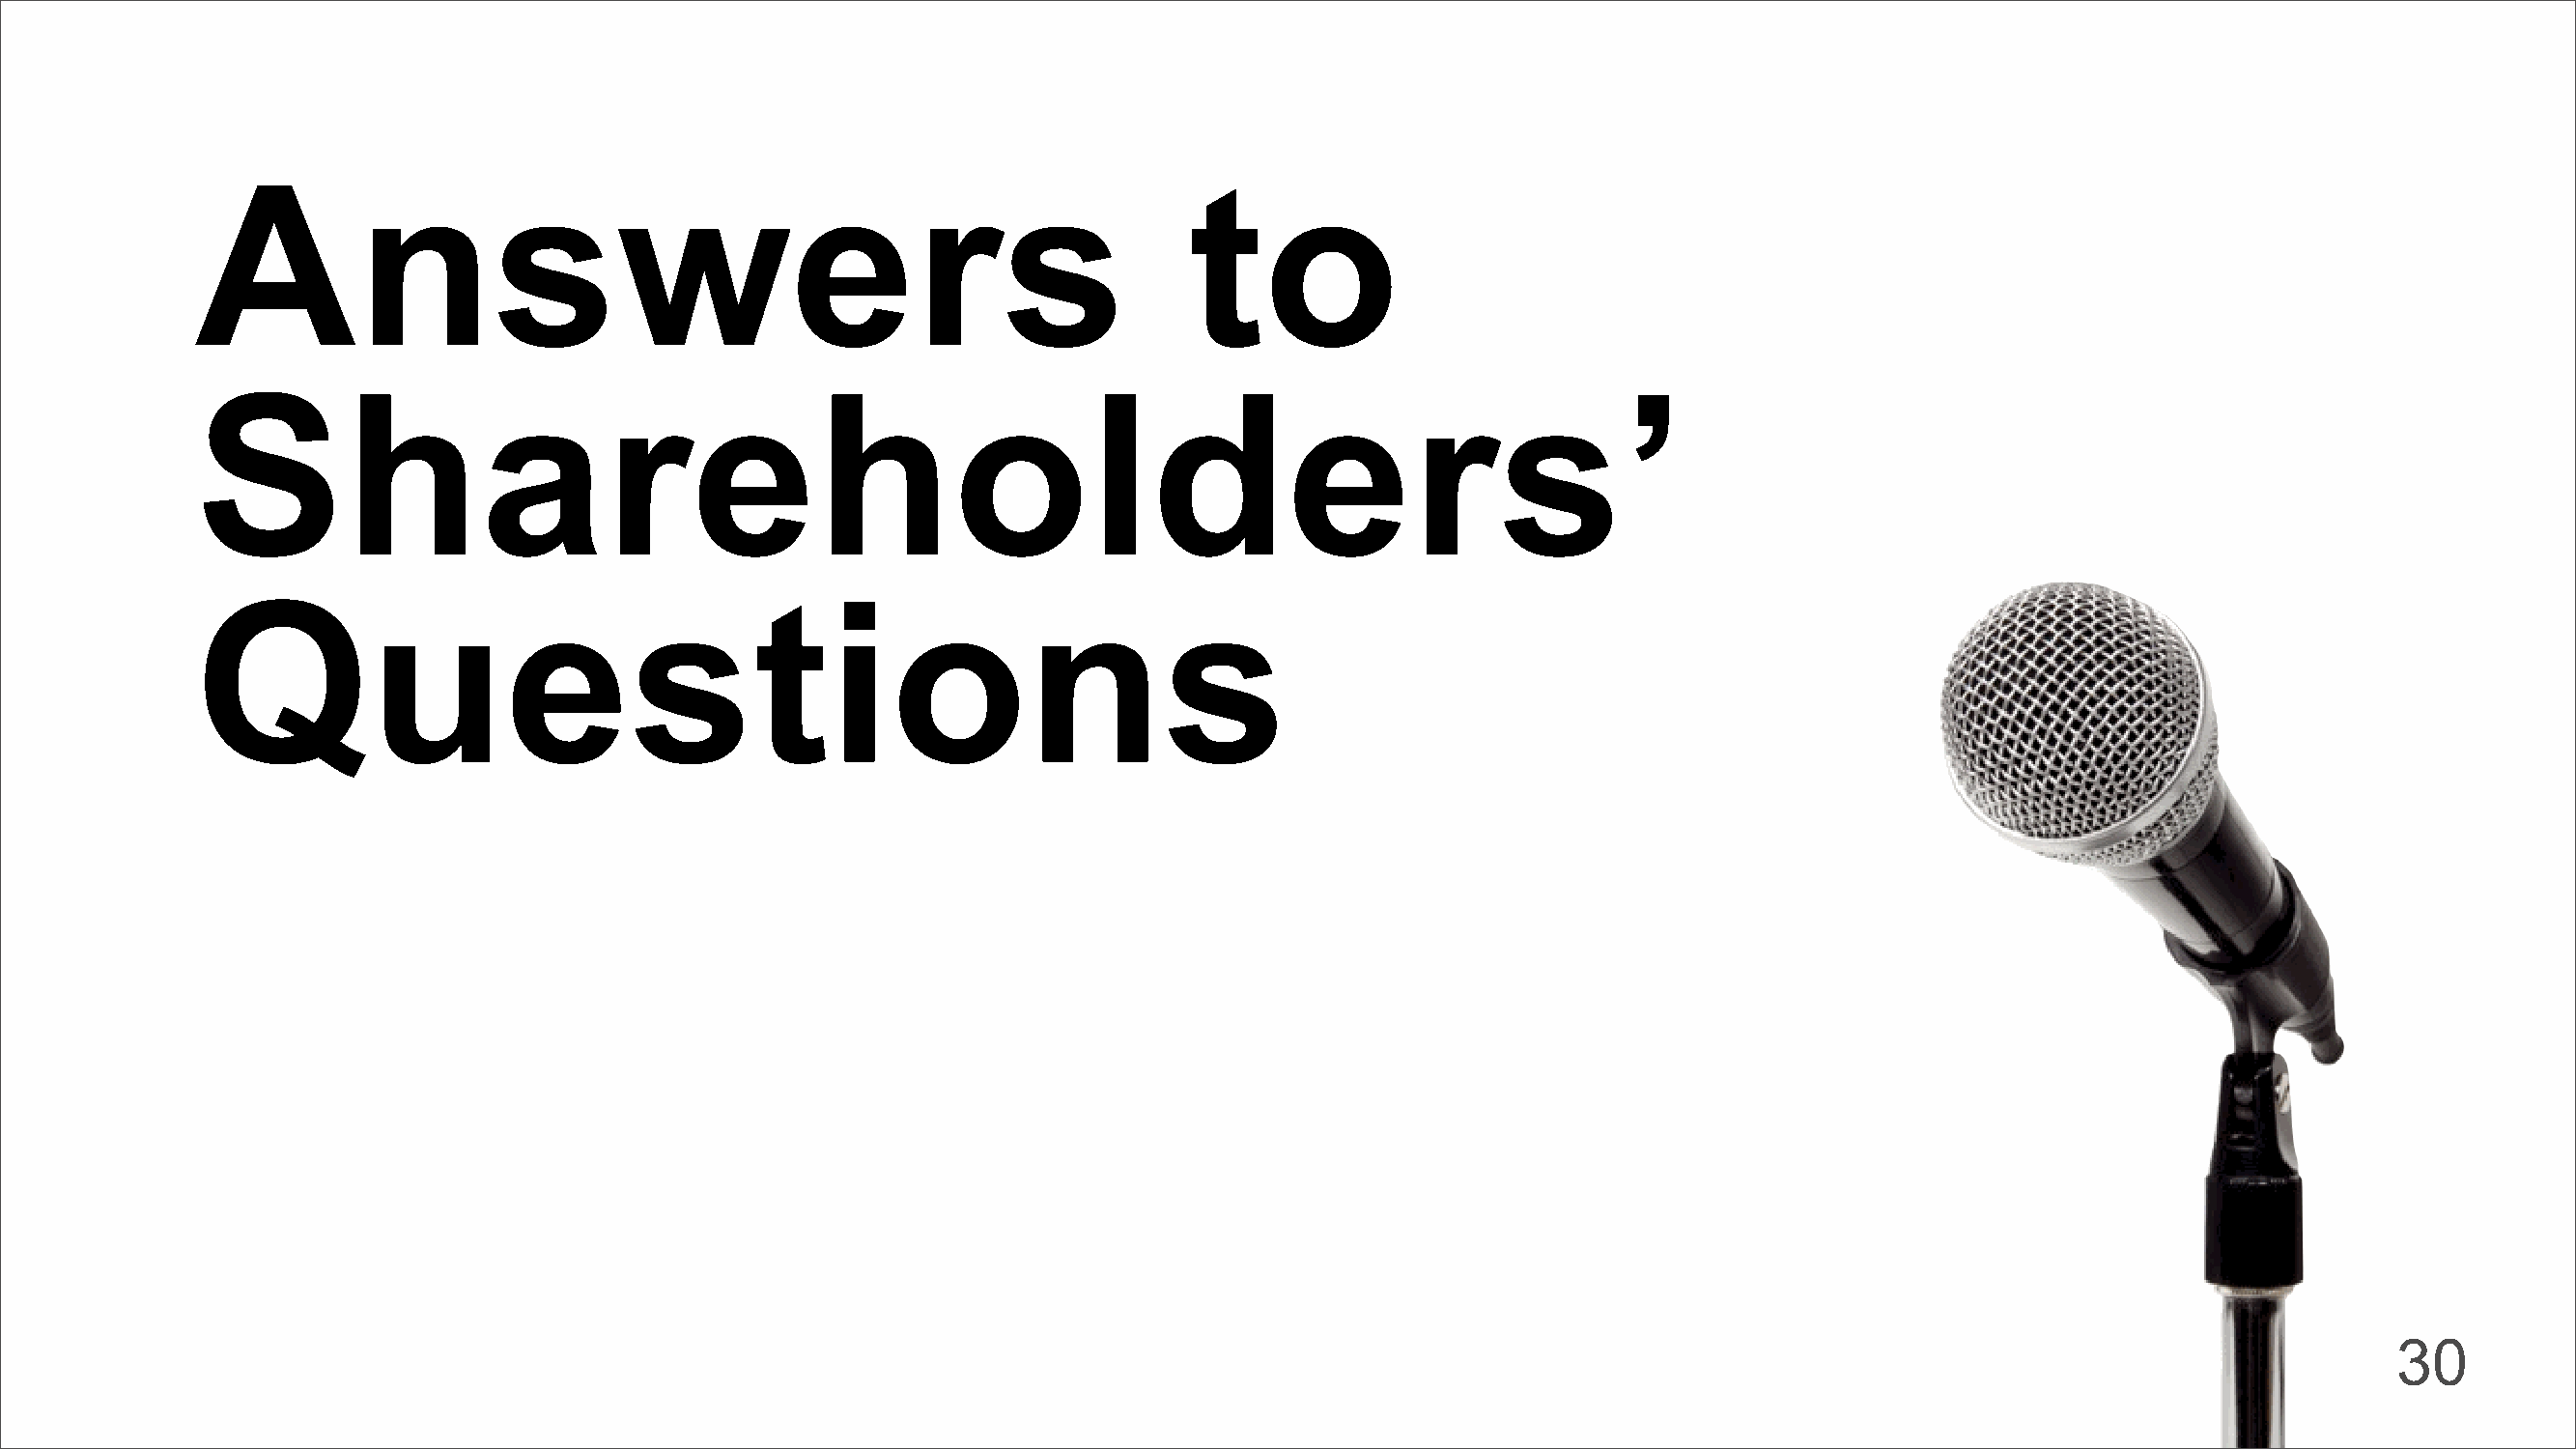
Answers                                                             to
 Shareholders’
 Questions
 30